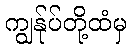
ကျွန်ုပ်တို့ထံမှ